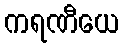
ကရဏီယေ